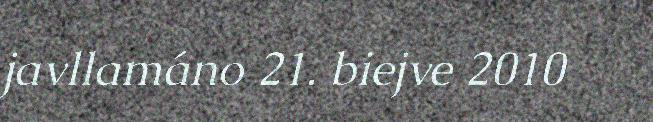
javllamáno 21. biejve 2010